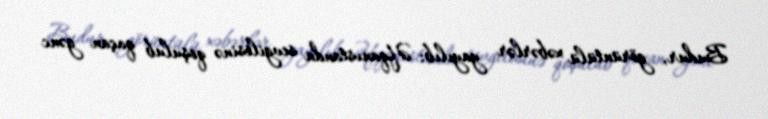
Budur, görüntülü xəbərlər yayılıb: Əfqanıstanda sevgilisinə qoşulub qaçan gənc